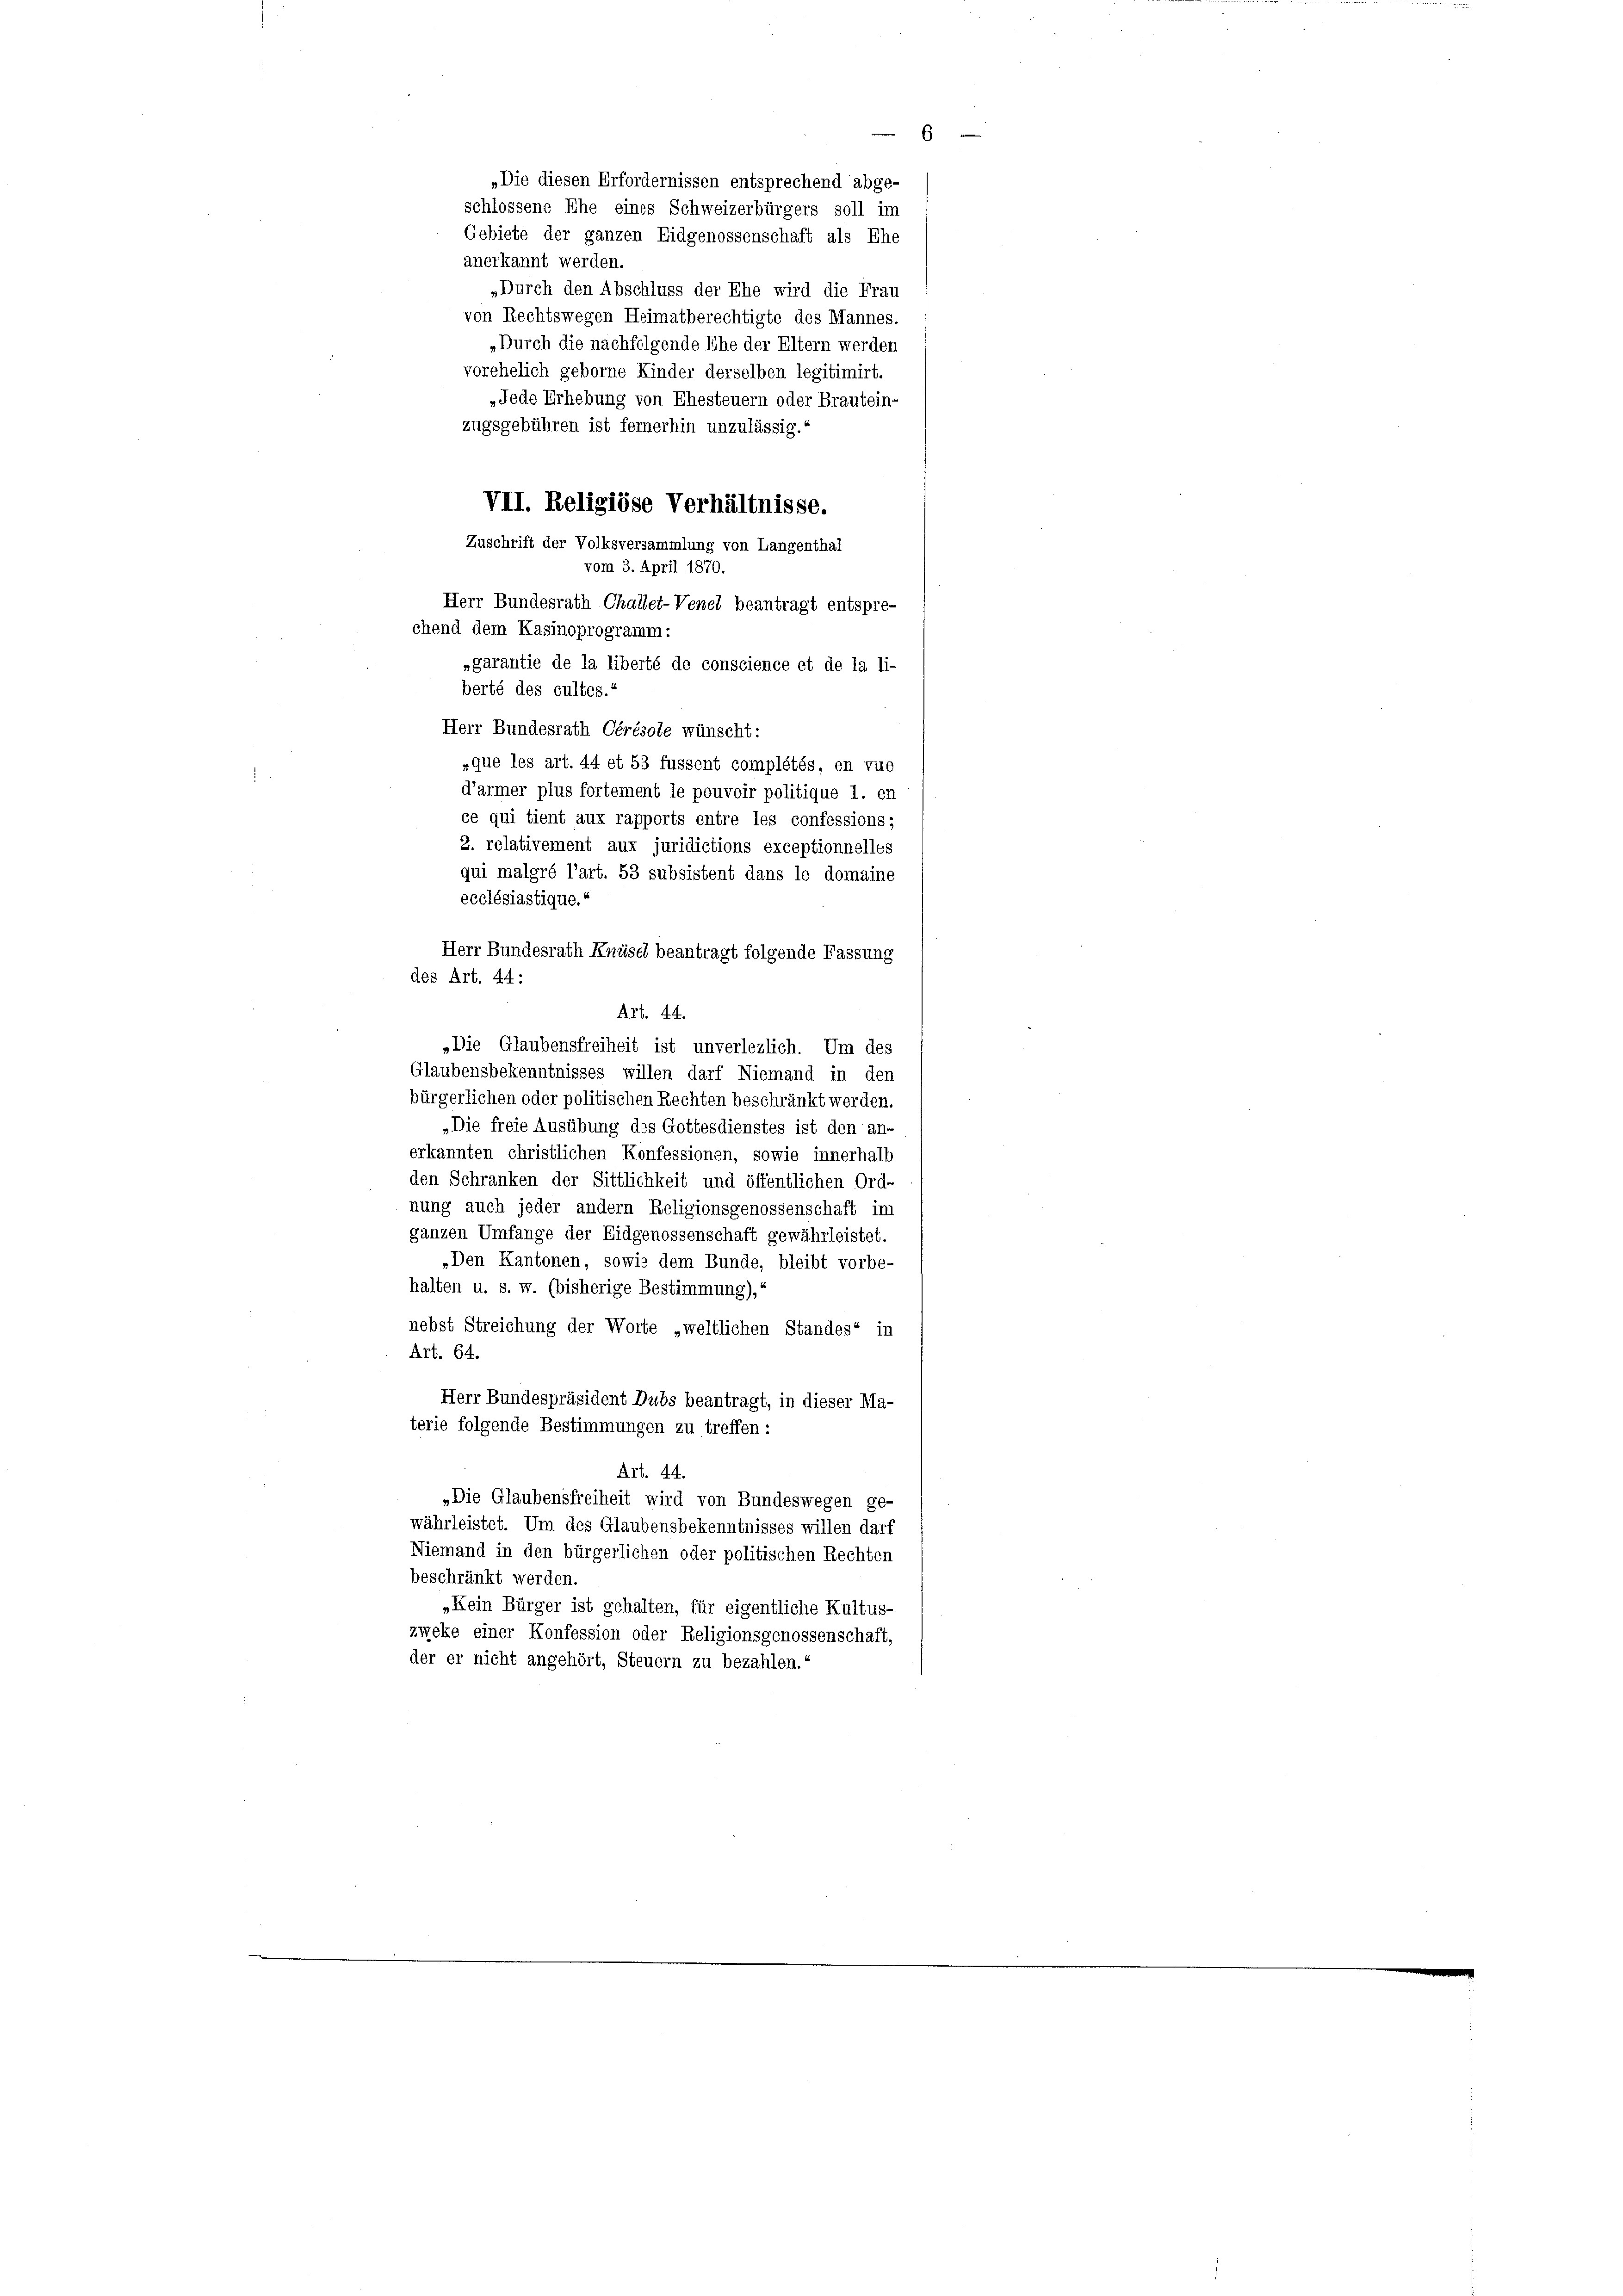
„Die diesen Erfordernissen entsprechend abge-
schlossene Ehe eines Schweizerbürgers soll im
Gebiete der ganzen Eidgenossenschaft als Ehe
anerkannt werden.
„Durch den Abschluss der Ehe wird die Frau
von Rechtswegen Heimatberechtigte des Mannes.
„Durch die nachfolgende Ehe der Eltern werden
e
vorehelich geborne Kinder derselben legitimirt.
„Jede Erhebung von Ehesteuern oder Brautein-
zugsgebühren ist fernerhin unzulässig.
VII. Religiöse Verhältnisse.
Zuschrift der Volksversammlung von Langenthal
vom 3. April 1870.
Herr Bundesrath Challet-Venel beantragt entspre-
chend dem Kasinoprogramm:
»garantie de la liberté de conscience et de la li-
berté des cultes.“
Herr Bundesrath Cérésole wünscht:
»que les art. 44 et 53 fussent complétés, en rue
s
d’armer plus fortement le pouvoir politique 1. en
ce qui tient aux rapports entre les confessions;
2. relativement aux juridictions exceptionnelles
qui malgré l’art. 53 subsistent dans le domaine
ecclésiastique.
Herr Bundesrath Knüsel beantragt folgende Fassung
des Art. 44:
Art. 44.
„Die Glaubensfreiheit ist unverlezlich. Um des
Glaubensbekenntnisses willen darf Niemand in den
bürgerlichen oder politischen Rechten beschränkt werden.
„Die freie Ausübung des Gottesdienstes ist den an-
erkannten christlichen Konfessionen, sowie innerhalb
den Schranken der Sittlichkeit und öffentlichen Ord-
nung auch jeder andern Religionsgenossenschaft im
gänzen Umfange der Eidgenossenschaft gewährleistet.
„Den Kantonen, sowie dem Bunde, bleibt vorbe-
halten u. s. w. (bisherige Bestimmung),
nebst Streichung der Worte „weltlichen Standes“ in
Art. 64.
Herr Bundespräsident Dubs beantragt, in dieser Ma-
terie folgende Bestimmungen zu treffen:
Art. 44.
„Die Glaubensfreiheit wird von Bundeswegen ge-
währleistet. Um des Glaubensbekenntnisses willen darf
Niemand in den bürgerlichen oder politischen Rechten
beschränkt werden.
„Kein Bürger ist gehalten, für eigentliche Kultus-
zweke einer Konfession oder Religionsgenossenschaft,
der er nicht angehört, Steuern zu bezahlen.“